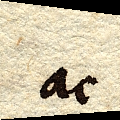
ac